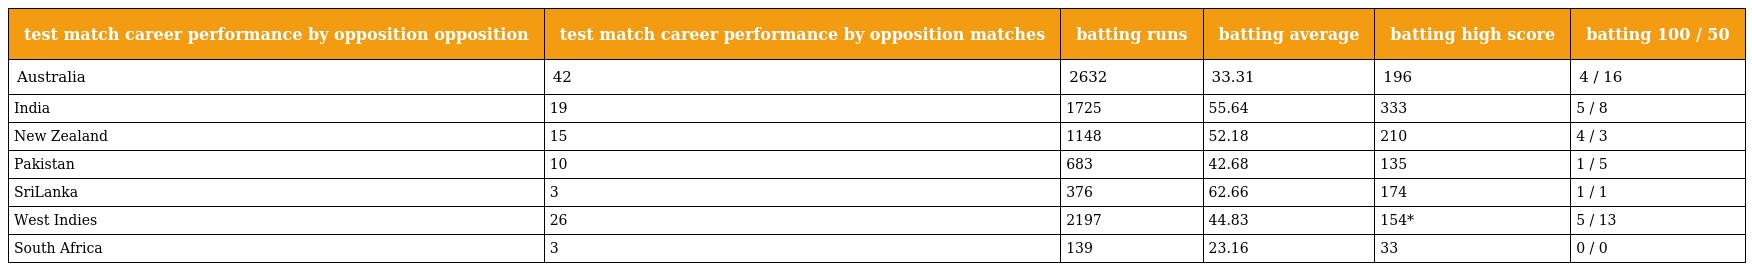
| test match career performance by opposition opposition | test match career performance by opposition matches | batting runs | batting average | batting high score | batting 100 / 50 |
 | --- | --- | --- | --- | --- | --- |
 | Australia | 42 | 2632 | 33.31 | 196 | 4 / 16 |
 | India | 19 | 1725 | 55.64 | 333 | 5 / 8 |
 | New Zealand | 15 | 1148 | 52.18 | 210 | 4 / 3 |
 | Pakistan | 10 | 683 | 42.68 | 135 | 1 / 5 |
 | SriLanka | 3 | 376 | 62.66 | 174 | 1 / 1 |
 | West Indies | 26 | 2197 | 44.83 | 154* | 5 / 13 |
 | South Africa | 3 | 139 | 23.16 | 33 | 0 / 0 |